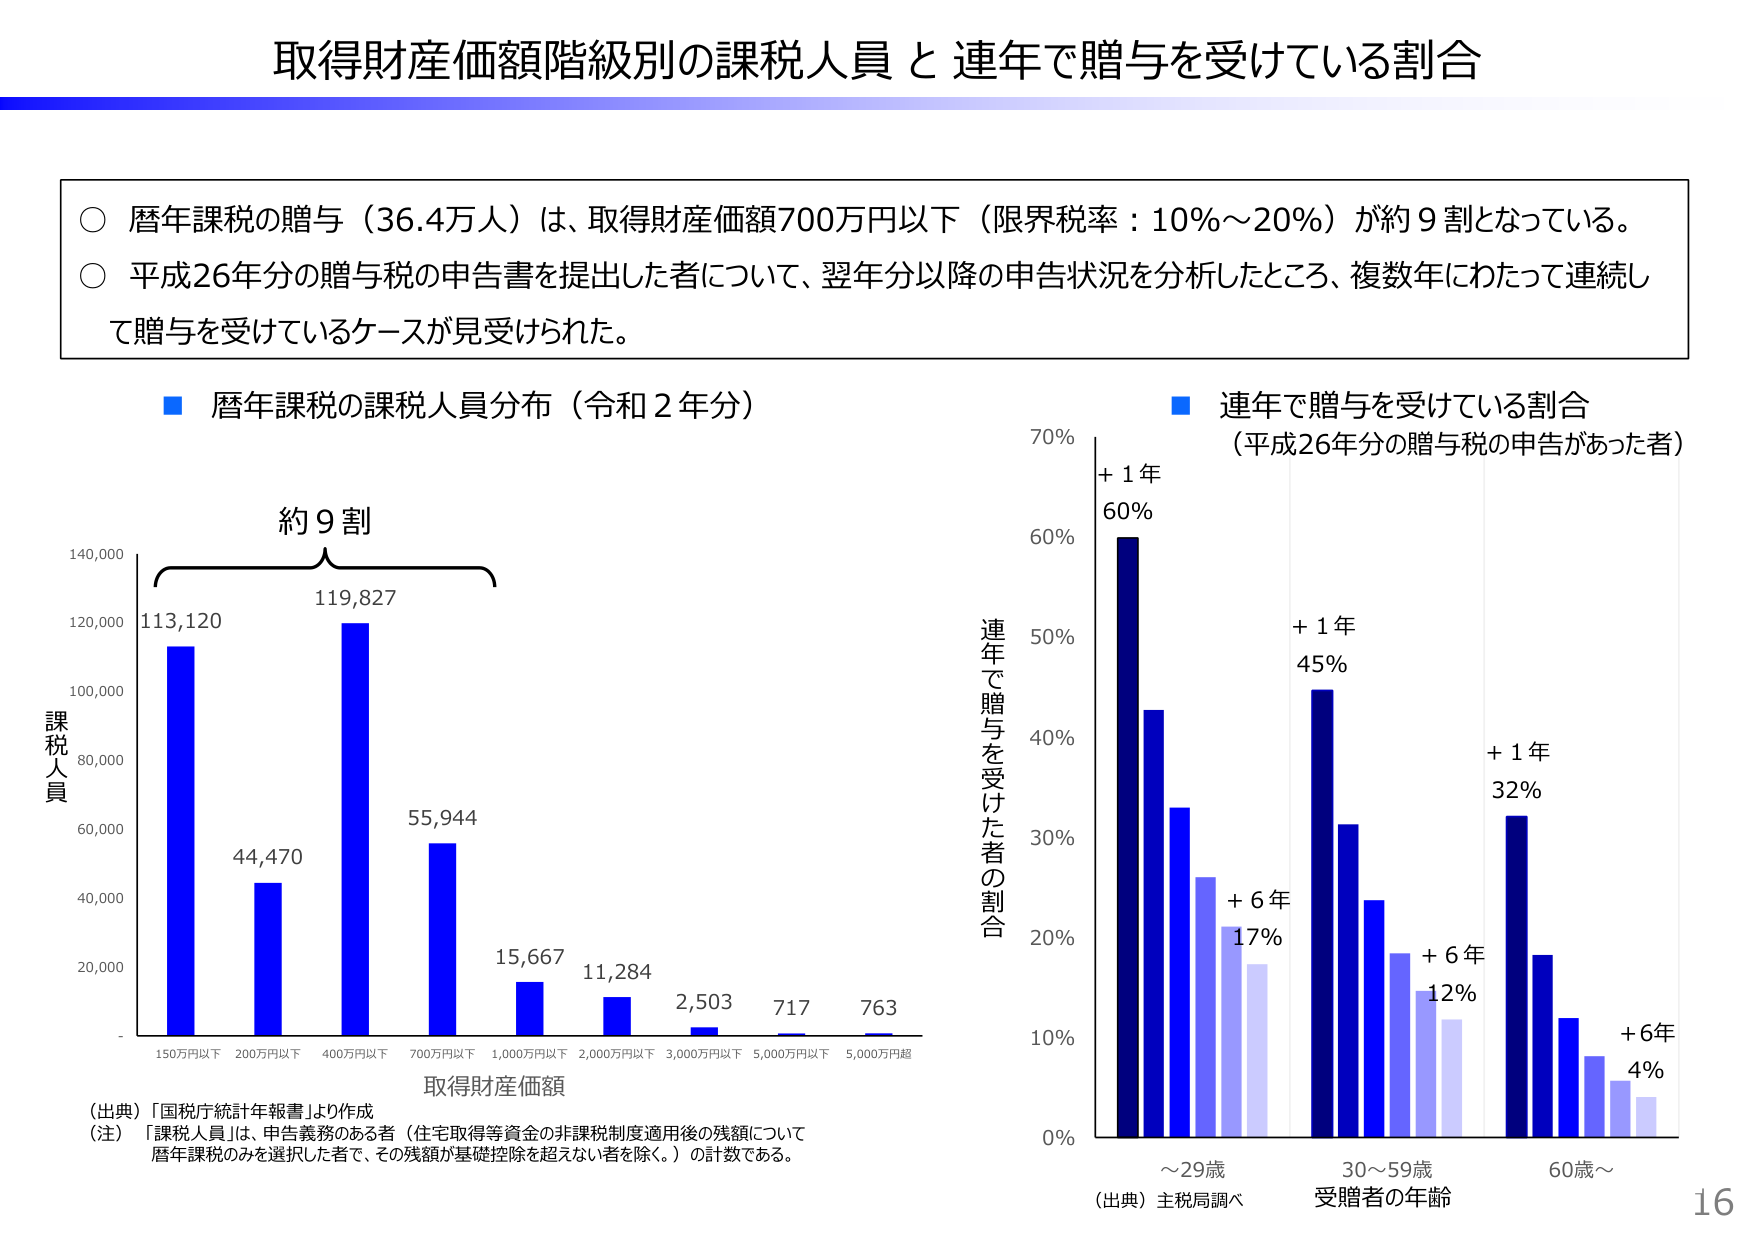
取得財産価額階級別の課税人員と連年で贈与を受けている割合

○ 暦年課税の贈与（36.4万人）は、取得財産価額700万円以下（限界税率：10％～20％）が約9割となっている。
○ 平成26年分の贈与税の申告書を提出した者について、翌年分以降の申告状況を分析したところ、複数年にわたって連続して贈与を受けているケースが見受けられた。

■ 暦年課税の課税人員分布（令和2年分）

約9割

課税人員
140,000
120,000
100,000
80,000
60,000
40,000
20,000
-
113,120
44,470
119,827
55,944
15,667
11,284
2,503
717
763
150万円以下 200万円以下 400万円以下 700万円以下 1,000万円以下 2,000万円以下 3,000万円以下 5,000万円以下 5,000万円超
取得財産価額

（出典）「国税庁統計年報書」より作成
（注）「課税人員」は、申告義務のある者（住宅取得等資金の非課税制度適用後の残額について暦年課税のみを選択した者で、その残額が基礎控除を超えない者を除く。）の計数である。

■ 連年で贈与を受けている割合
（平成26年分の贈与税の申告があった者）

連年で贈与を受けた者の割合
70%
60%
50%
40%
30%
20%
10%
0%
+1年 60%
+1年 45%
+1年 32%
+6年 17%
+6年 12%
+6年 4%
～29歳 30～59歳 60歳～
受贈者の年齢

（出典）主税局調べ

16